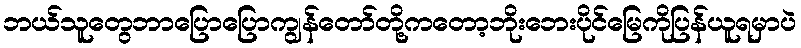
ဘယ်သူတွေဘာပြောပြောကျွန်တော်တို့ကတော့ဘိုးဘေးပိုင်မြေကိုပြန်ယူရမှာပဲ